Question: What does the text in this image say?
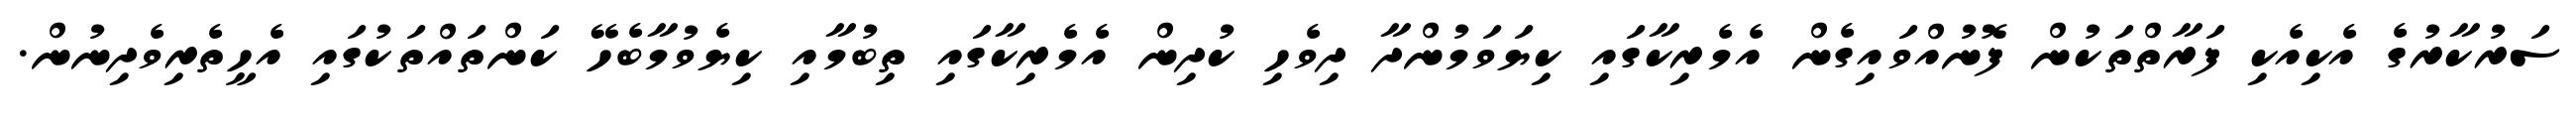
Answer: ސަރުކާރުގެ އެކިއެކި ފަރާތްތަކުން ފޮނުއްވައިގެން އެމެރިކާގައި ކިޔަވަމުންދާ ދިވެހި ކުދިން އެމެރިކާގައި ތިބުމާއި ކިޔެވުމާބެހޭ ކަންތައްތަކުގައި އެހީތެރިވެދިނުން.